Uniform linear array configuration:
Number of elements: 12
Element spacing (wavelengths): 0.25
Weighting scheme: cosine
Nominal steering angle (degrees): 60
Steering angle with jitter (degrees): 61.817
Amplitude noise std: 0.05
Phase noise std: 0.05

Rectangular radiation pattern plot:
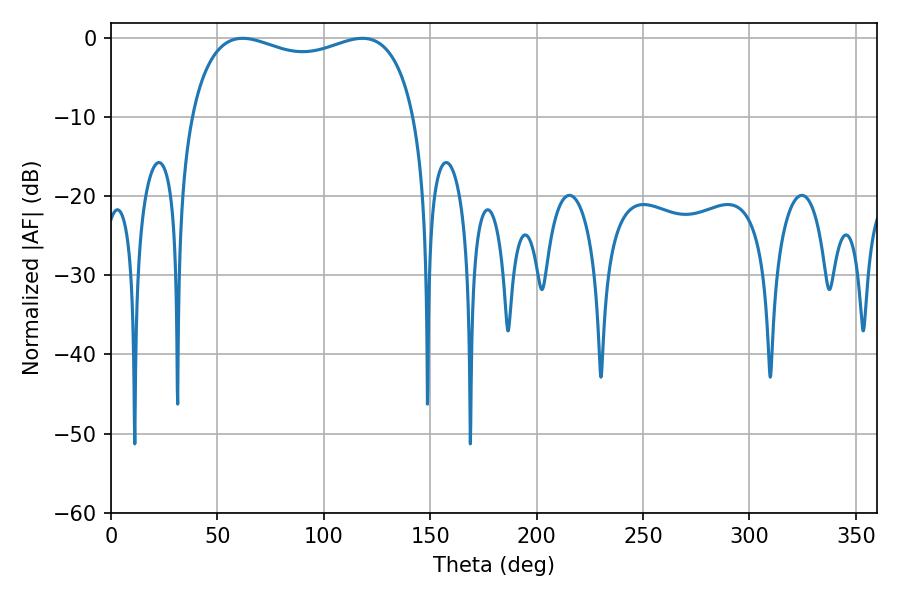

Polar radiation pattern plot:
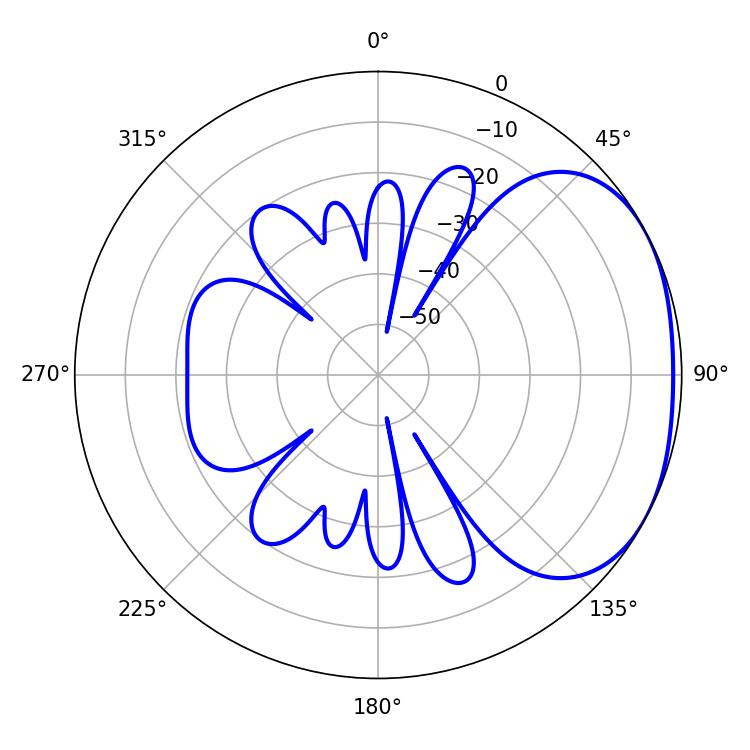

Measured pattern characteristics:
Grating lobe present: FALSE
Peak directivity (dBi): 2.259
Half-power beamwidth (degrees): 86.76
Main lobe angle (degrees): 61.92